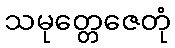
သမုတ္တေဇေတုံ